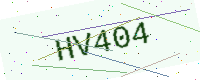
Text: HV404